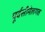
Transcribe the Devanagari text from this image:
पूर्वसीमेलगत